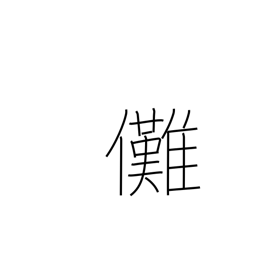
Meaning: exorcism